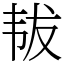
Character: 韨